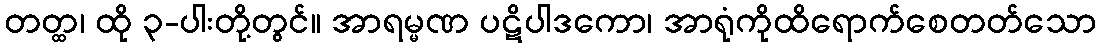
တတ္ထ၊ ထို ၃-ပါးတို့တွင်။ အာရမ္မဏ ပဋိပါဒကော၊ အာရုံကိုထိရောက်စေတတ်သော